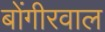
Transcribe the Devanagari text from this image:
बोंगीरवाल